Indian journal of veterinary science and animal husbandry - Volumes 26-27, 1956-1957
Year: 1956
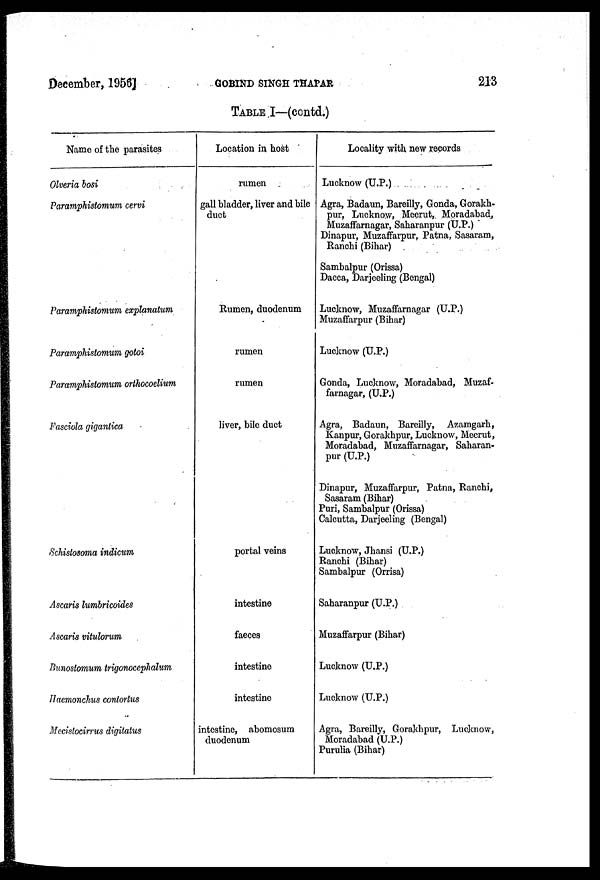
December, 1956]
GOBIND
SINGE
THAPAR
213
TABLE I—(contd.)
Name of the parasites
Olveria bosi
Paramphistomum cervi
Paramphistomum explanatum
Paramphistomum gotoi
Paramphistomum orthocoelium
Fasciola gigantica
Schistosoma indicum
Ascaris lumbricoides
Ascaris vitulorum
Bunostomum trigonocephalum
Haemonchus contortus
Mecistocirrus digitatus
Location in host
rumen
gall bladder, liver and bile
duct
Rumen, duodenum
rumen
rumen
liver, bile duct
portal veins
intestine
faeces
intestine
intestine
intestine, abomosum
duodenum
Locality with new records
Lucknow (U.P.)
Agra, Badaun, Bareilly, Gonda, Gorakh.
pur, Lucknow, Meerut, Moradabad,
Muzaffarnagar, Saharanpur (U.P.)
Dinapur, Muzaffarpur, Patna, Sasaram,
Ranchi (Bihar)
Sambalpur (Orissa)
Dacca, Darjeeling (Bengal)
Lucknow, Muzaffarnagar (U.P.)
Muzaffarpur (Bihar)
Lucknow (U.P.)
Gonda, Lucknow, Moradabad, Muzaf-
farnagar, (U.P.)
Agra, Badaun, Bareilly, Azamgarh,
Kanpur, Gorakhpur, Lucknow, Meerut,
Moradabad, Muzaffarnagar, Saharan-
pur (U.P.)
Dinapur, Muzaffarpur, Patna, Ranchi,
Sasaram (Bihar)
Puri, Sambalpur (Orissa)
Calcutta, Darjeeling (Bengal)
Lucknow, Jhansi (U.P.)
Ranchi (Bihar)
Sambalpur (Orrisa)
Saharanpur (U.P.)
Muzaffarpur (Bihar)
Lucknow (U.P.)
Lucknow (U.P.)
Agra, Bareilly, Gorakhpur, Lucknow,
Moradabad (U.P.)
Purulia (Bihar)